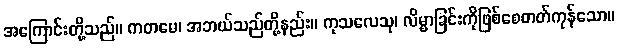
အကြောင်းတို့သည်။ ကတမေ၊ အဘယ်သည်တို့နည်း။ ကုသလေသု၊ လိမ္မာခြင်းကိုဖြစ်စေတတ်ကုန်သော။